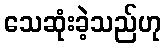
သေဆုံးခဲ့သည်ဟု